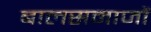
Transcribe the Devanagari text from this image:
बालसमाजों